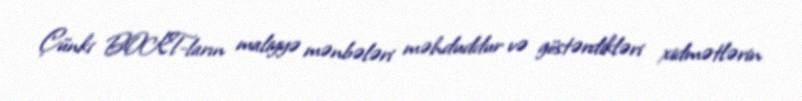
Çünki BOKT-ların maliyyə mənbələri məhduddur və göstərdikləri xidmətlərin